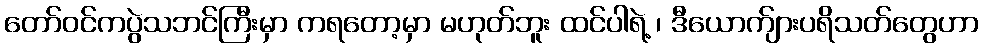
တော်ဝင်ကပွဲသဘင်ကြီးမှာ ကရတော့မှာ မဟုတ်ဘူး ထင်ပါရဲ့ ၊ ဒီယောက်ျားပရိသတ်တွေဟာ